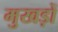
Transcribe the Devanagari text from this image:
मुखड़ों